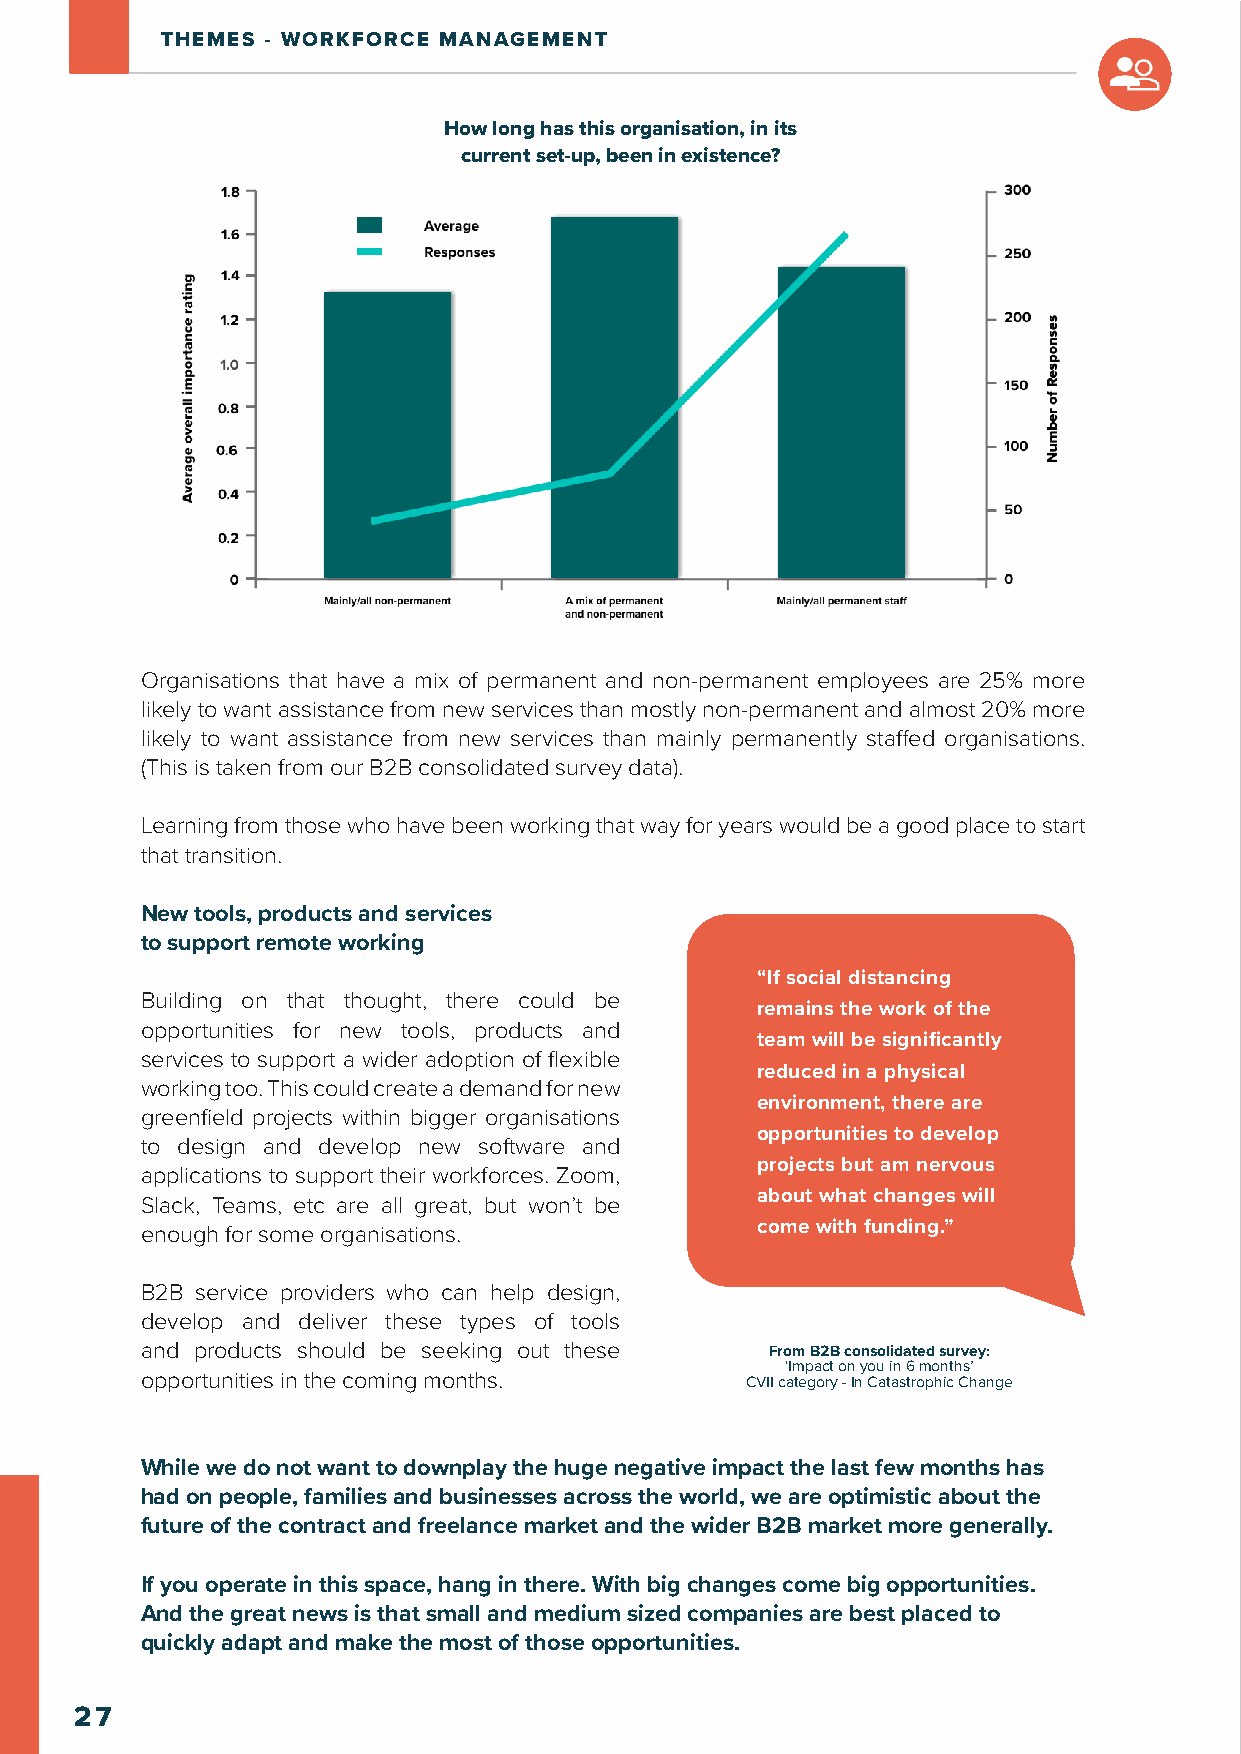
THEMES - WORKFORCE MANAGEMENT
 How long has this organisation, in its
 current set-up, been in existence?
 Organisations that have a mix of permanent and non-permanent employees are 25% more
 likely to want assistance from new services than mostly non-permanent and almost 20% more
 likely to want assistance from new services than mainly permanently staffed organisations.
 (This is taken from our B2B consolidated survey data).
 Learning from those who have been working that way for years would be a good place to start
 that transition.
 New tools, products and services
 to support remote working
 “If social distancing
 Building on that thought, there could be
 remains the work of the
 opportunities for new tools, products and
 team will be significantly
 services to support a wider adoption of flexible
 reduced in a physical
 working too. This could create a demand for new
 environment, there are
 greenfield projects within bigger organisations
 opportunities to develop
 to design and develop new software and
 projects but am nervous
 applications to support their workforces. Zoom,
 about what changes will
 Slack, Teams, etc are all great, but won’t be
 enough for some organisations.           come with funding.”
 B2B service providers who can help design,
 develop and deliver these types of tools
 and products should be seeking out these  From B2B consolidated survey:
 ‘Impact on you in 6 months’
 opportunities in the coming months.     CVII category - In Catastrophic Change
 While we do not want to downplay the huge negative impact the last few months has
 had on people, families and businesses across the world, we are optimistic about the
 future of the contract and freelance market and the wider B2B market more generally.
 If you operate in this space, hang in there. With big changes come big opportunities.
 And the great news is that small and medium sized companies are best placed to
 quickly adapt and make the most of those opportunities.
 27